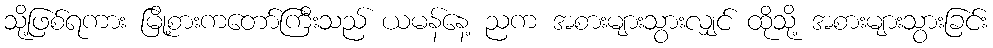
သို့ဖြစ်ရကား မြို့စားကတော်ကြီးသည် ယမန်နေ့ ညက အစားများသွားလျှင် ထိုသို့ အစားများသွားခြင်း